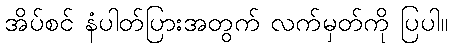
အိပ်စင် နံပါတ်ပြားအတွက် လက်မှတ်ကို ပြပါ။